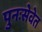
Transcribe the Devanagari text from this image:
पुनःसेवेत